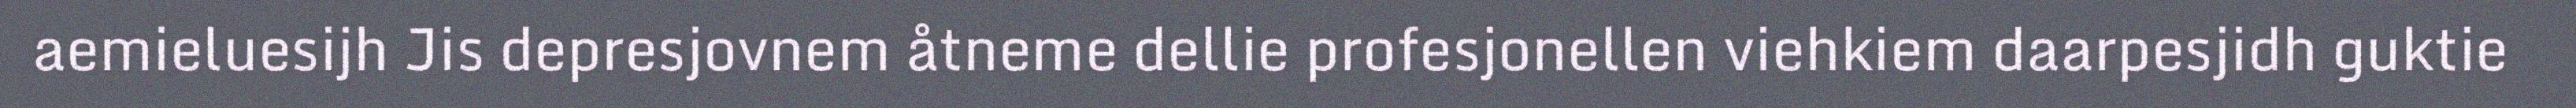
aemieluesijh Jis depresjovnem åtneme dellie profesjonellen viehkiem daarpesjidh guktie